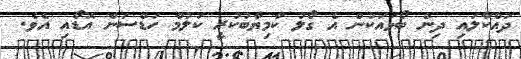
ދައްކާލައި ދިން ބޯޅައަކުން އެ ގޯލު ކާމިޔާބުކުރީ ކަލުމް ހަޑްސަން އޮޑޯއި އެވެ.